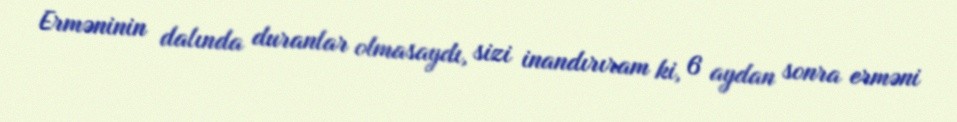
Erməninin dalında duranlar olmasaydı, sizi inandırıram ki, 6 aydan sonra erməni